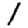
Digit: 1